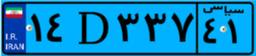
۴۵D۲۲۸۵۳